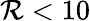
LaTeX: \mathcal{R}<10